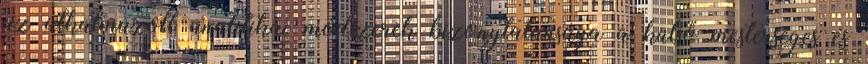
az alkalmazott analitikai módszerek bizonytalansága a külső mesterséges és